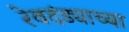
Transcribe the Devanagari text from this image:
रेवदंड्याच्या